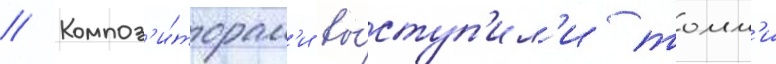
// Композ'и́торам'и вы́ступ'ил'и томм'и